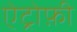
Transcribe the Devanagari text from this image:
ऐट्रोफ़ी